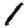
Digit: 1